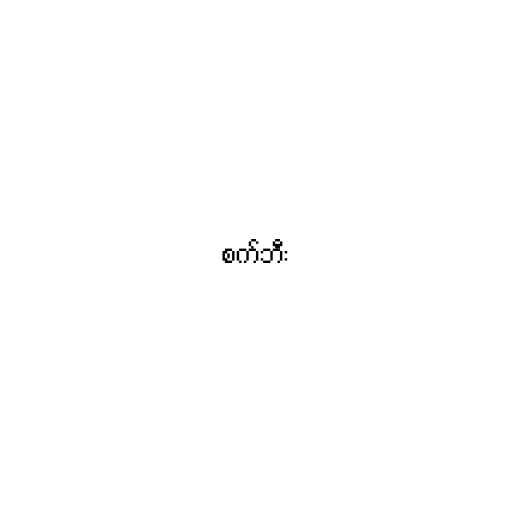
စက်ဘီး